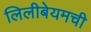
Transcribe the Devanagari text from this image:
लिलीबेयमची